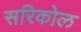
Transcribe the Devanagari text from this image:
सरिकोल